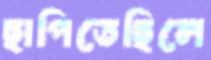
ছাপিতেছিলে